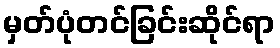
မှတ်ပုံတင်ခြင်းဆိုင်ရာ